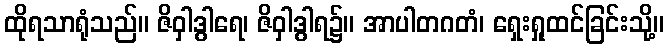
ထိုရသာရုံသည်။ ဇိဝှါဒွါရေ၊ ဇိဝှါဒွါရ၌။ အာပါတဂတံ၊ ရှေးရှုထင်ခြင်းသို့။